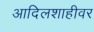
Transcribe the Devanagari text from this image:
आदिलशाहीवर